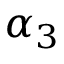
\alpha _ { 3 }